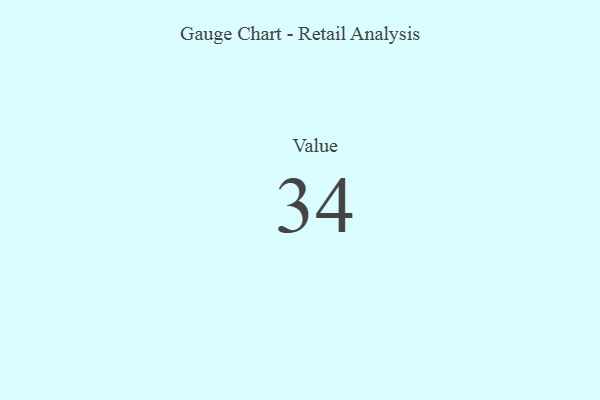
{"axis": {"x": "Metric", "y": "Value"}, "legend": [""], "data": [{"x": "Value", "y": 34, "type": ""}]}